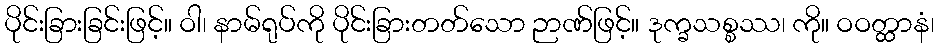
ပိုင်းခြားခြင်းဖြင့်။ ဝါ၊ နာမ်ရုပ်ကို ပိုင်းခြားတတ်သော ဉာဏ်ဖြင့်။ ဒုက္ခသစ္စဿ၊ ကို။ ဝဝတ္ထာနံ၊